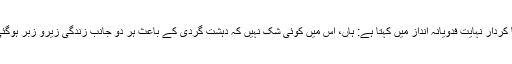
اس کا کردار نہایت فدویانہ انداز میں کہتا ہے: ہاں، اس میں کوئی شک نہیں کہ دہشت گردی کے باعث ہر دو جانب زندگی زیرو زبر ہوگئی ہے۔